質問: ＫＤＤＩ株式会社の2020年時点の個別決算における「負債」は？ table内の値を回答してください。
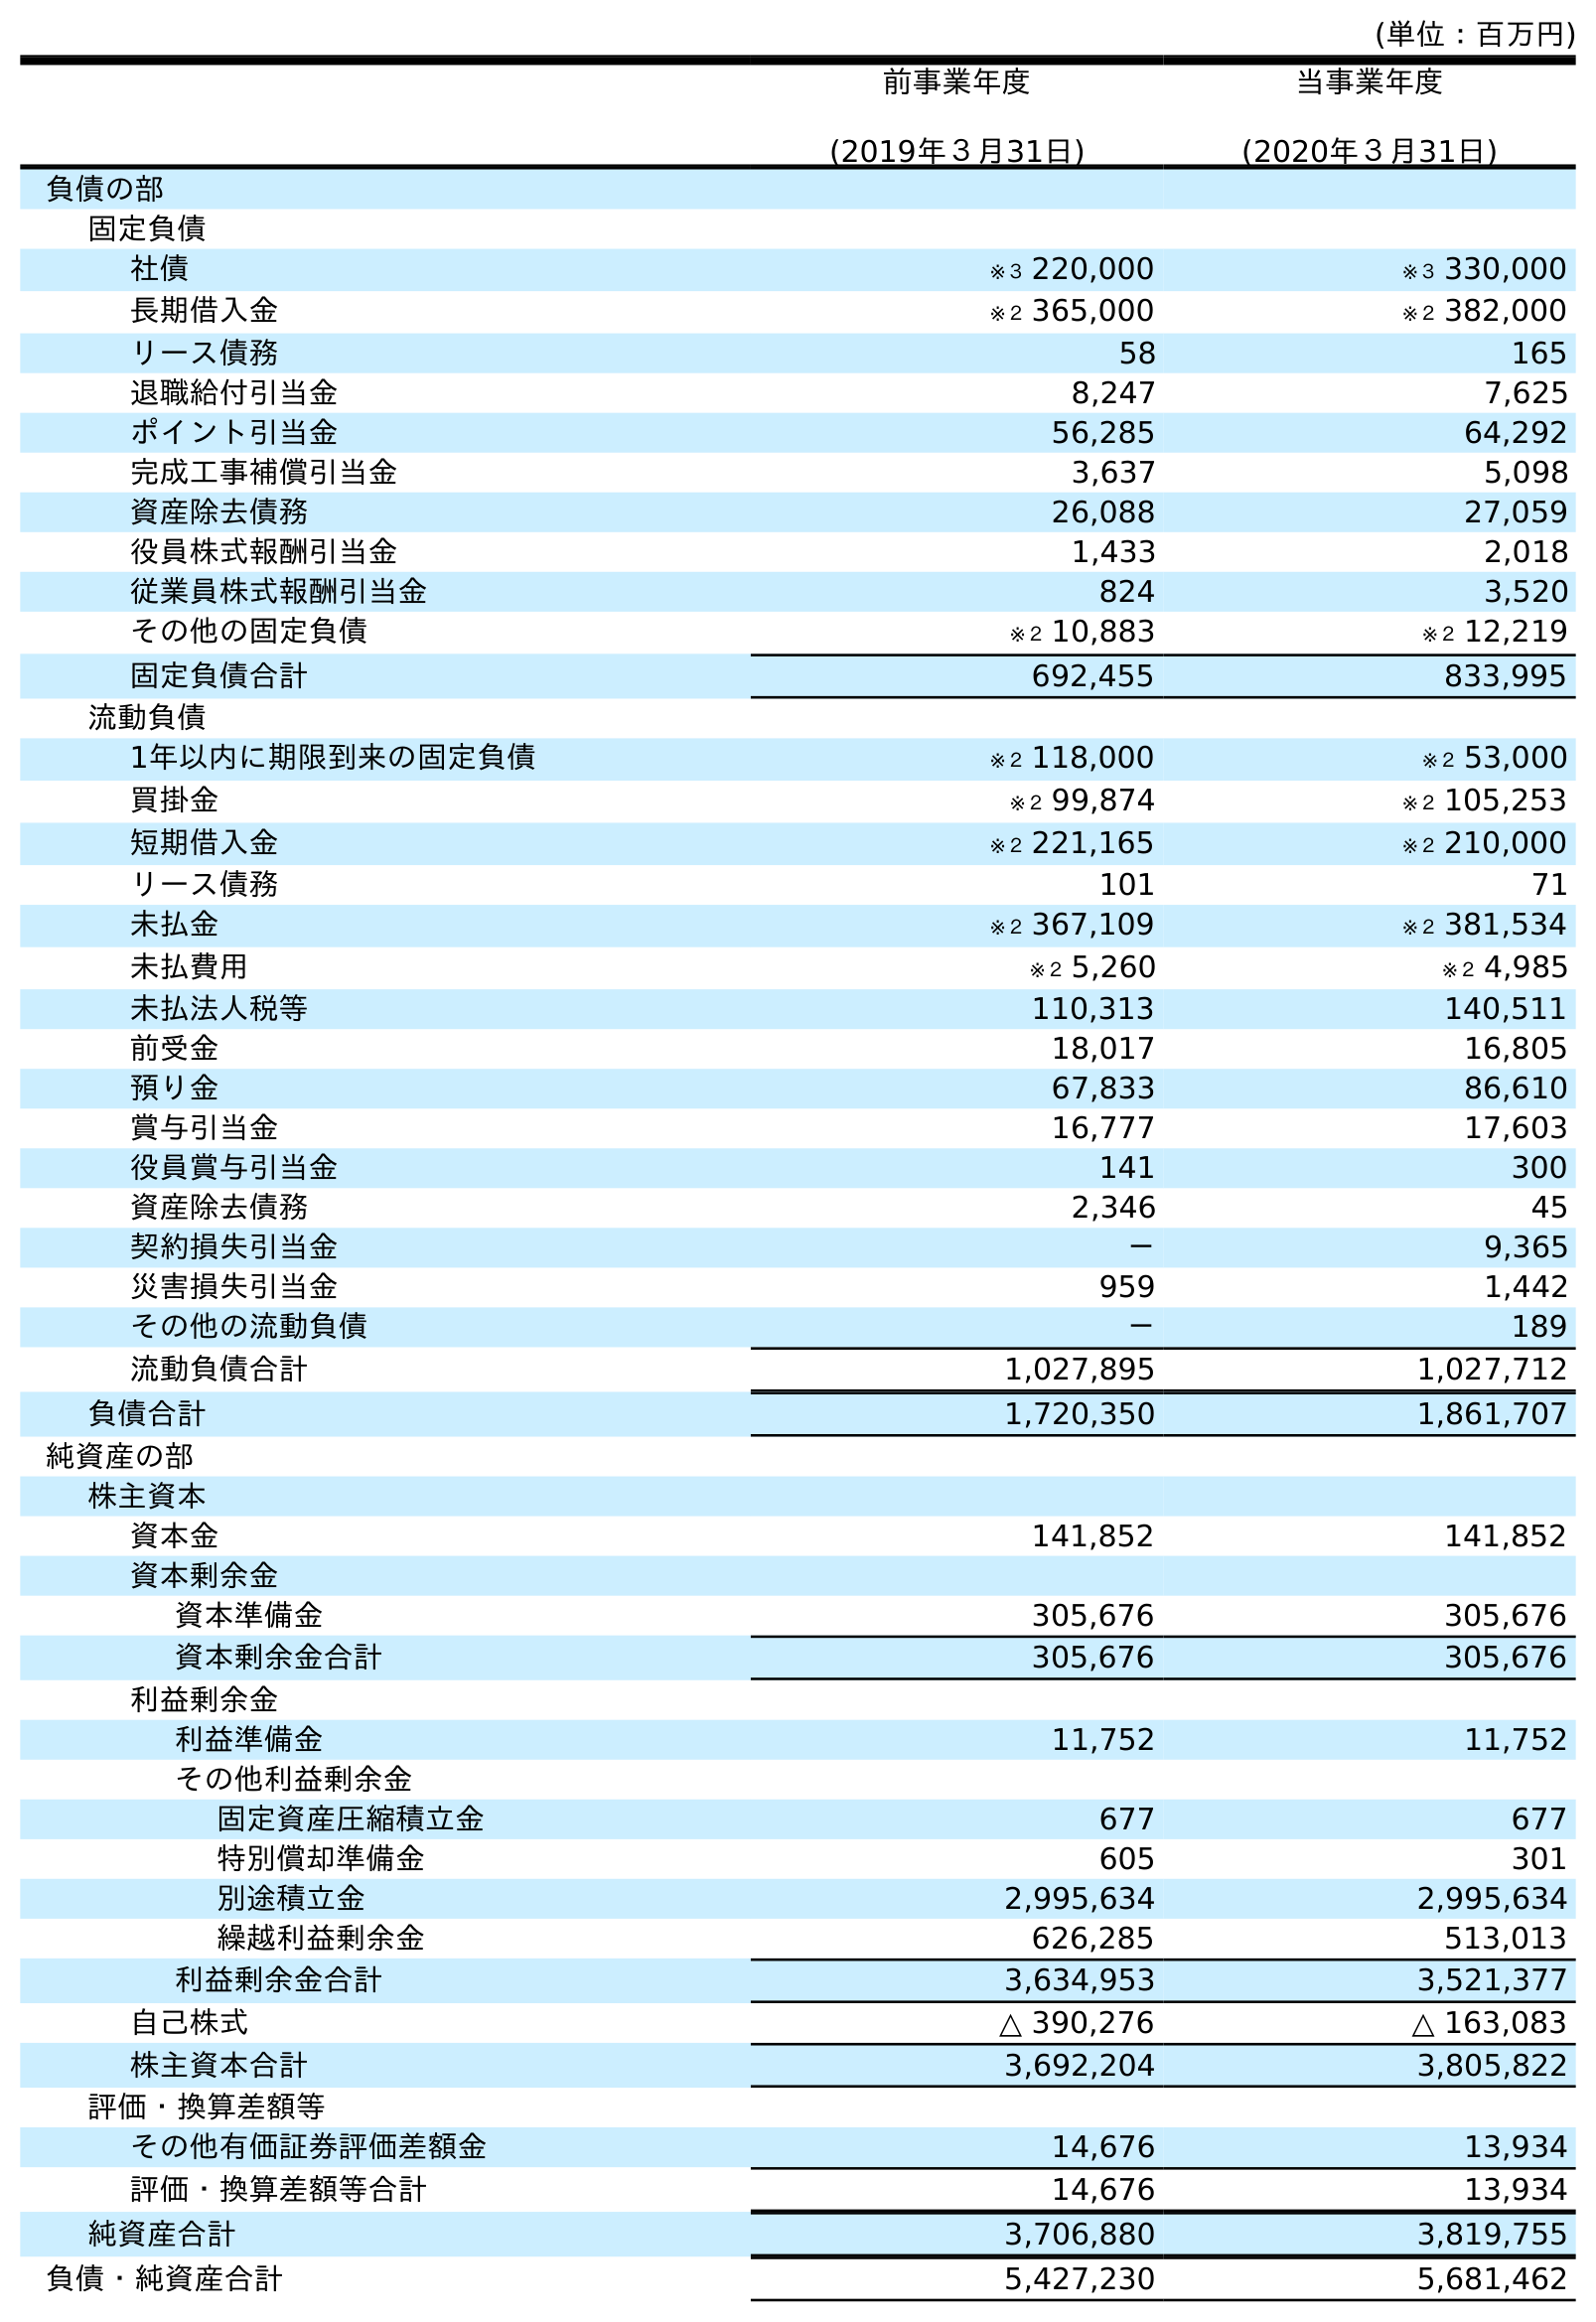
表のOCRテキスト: (単位：百万円) 前事業年度 (2019年３月31日) 当事業年度 (2020年３月31日) 負債の部 固定負債 社債 ※３ 220,000 ※３ 330,000 長期借入金 ※２ 365,000 ※２ 382,000 リース債務 58 165 退職給付引当金 8,247 7,625 ポイント引当金 56,285 64,292 完成工事補償引当金 3,637 5,098 資産除去債務 26,088 27,059 役員株式報酬引当金 1,433 2,018 従業員株式報酬引当金 824 3,520 その他の固定負債 ※２ 10,883 ※２ 12,219 固定負債合計 692,455 833,995 流動負債 1年以内に期限到来の固定負債 ※２ 118,000 ※２ 53,000 買掛金 ※２ 99,874 ※２ 105,253 短期借入金 ※２ 221,165 ※２ 210,000 リース債務 101 71 未払金 ※２ 367,109 ※２ 381,534 未払費用 ※２ 5,260 ※２ 4,985 未払法人税等 110,313 140,511 前受金 18,017 16,805 預り金 67,833 86,610 賞与引当金 16,777 17,603 役員賞与引当金 141 300 資産除去債務 2,346 45 契約損失引当金 － 9,365 災害損失引当金 959 1,442 その他の流動負債 － 189 流動負債合計 1,027,895 1,027,712 負債合計 1,720,350 1,861,707 純資産の部 株主資本 資本金 141,852 141,852 資本剰余金 資本準備金 305,676 305,676 資本剰余金合計 305,676 305,676 利益剰余金 利益準備金 11,752 11,752 その他利益剰余金 固定資産圧縮積立金 677 677 特別償却準備金 605 301 別途積立金 2,995,634 2,995,634 繰越利益剰余金 626,285 513,013 利益剰余金合計 3,634,953 3,521,377 自己株式 △ 390,276 △ 163,083 株主資本合計 3,692,204 3,805,822 評価・換算差額等 その他有価証券評価差額金 14,676 13,934 評価・換算差額等合計 14,676 13,934 純資産合計 3,706,880 3,819,755 負債・純資産合計 5,427,230 5,681,462
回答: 1,861,707